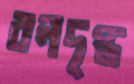
বলদৃপ্ত